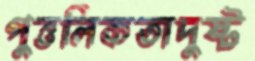
পুত্তলিকতাদুষ্ট